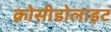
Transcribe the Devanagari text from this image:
क्रोसीडोलाइट